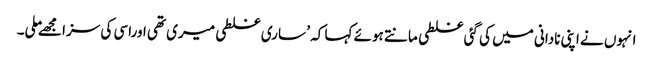
انہوں نے اپنی نادانی میں کی گئی غلطی مانتے ہوئے کہا کہ ’ ساری غلطی میری تھی اوراسی کی سزا مجھےملی۔